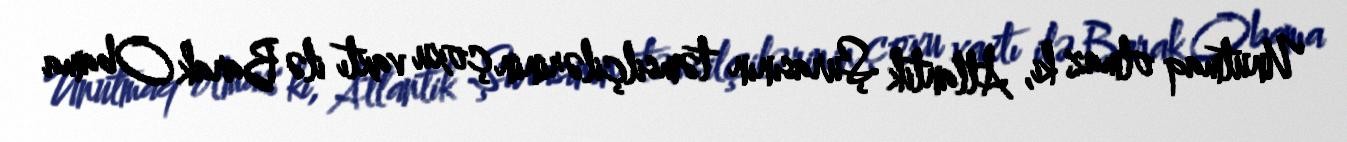
Unutmaq olmaz ki, Atlantik Şurasının təmsilçilərinin çoxu vaxtı ilə Barak Obama